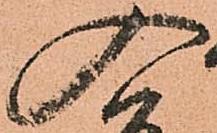
入